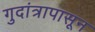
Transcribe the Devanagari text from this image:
गुदांत्रापासून